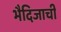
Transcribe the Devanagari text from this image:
भैदिजाची